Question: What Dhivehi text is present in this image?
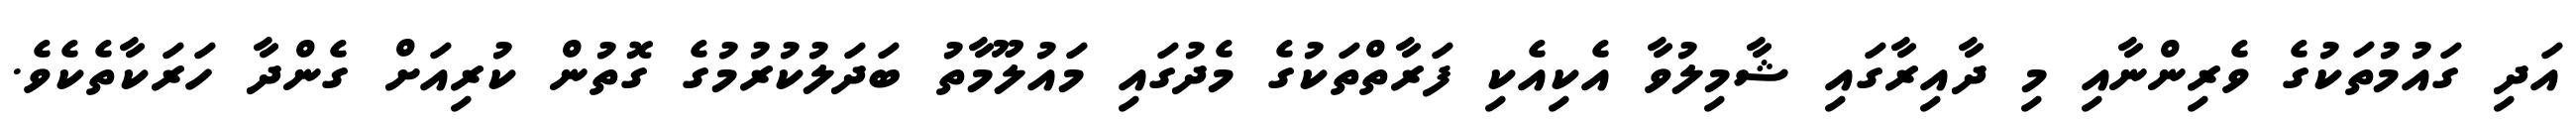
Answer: އަދި ގައުމުތަކުގެ ވެރިންނާއި މި ދާއިރާގައި ޝާމިލުވާ އެކިއެކި ފަރާތްތަކުގެ މެދުގައި މައުލޫމާތު ބަދަލުކުރުމުގެ ގޮތުން ކުރިއަށް ގެންދާ ހަރަކާތެކެވެ.